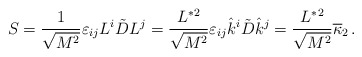
\begin{align*}S = { 1 \over\sqrt{M^2}} \varepsilon_{ij} L^i \tilde{D} L^j ={L^*{}^2 \over\sqrt{M^2}} \varepsilon_{ij} \hat{k}^i \tilde{D} \hat{k}^j = {L^*{}^2 \over \sqrt{M^2}} \overline\kappa_2 \,.\end{align*}